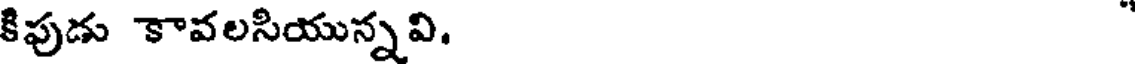
కిపుడు కావలసియున్నవి.